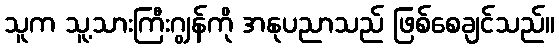
သူက သူ့သားကြီးဂျွန်ကို အနုပညာသည် ဖြစ်စေချင်သည်။